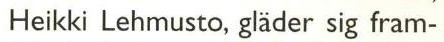
Heikki Lehmusto, gläder sig fram-